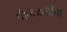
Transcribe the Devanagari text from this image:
पीकजातींचा